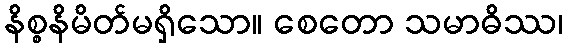
နိစ္စနိမိတ်မရှိသော။ စေတော သမာဓိဿ၊